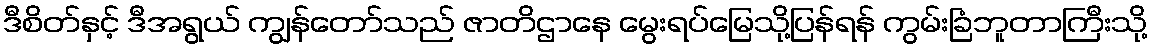
ဒီစိတ်နှင့် ဒီအရွယ် ကျွန်တော်သည် ဇာတိဌာနေ မွေးရပ်မြေသို့ပြန်ရန် ကွမ်းခြံဘူတာကြီးသို့